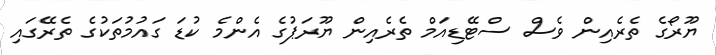
ޔޫރޯގެ ތެރެއިން ވެސް ސްޓޭޑިއަމް ތެރެއިން ޔޫރަޕުގެ އެންމެ ކުޑަ ގައުމުތަކުގެ ތެރޭގައި